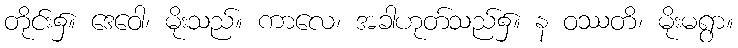
တိုင်း၌။ ဒေဝေါ၊ မိုးသည်။ ကာလေ၊ အခါဟုတ်သည်၌။ န ဝဿတိ၊ မိုးမရွာ။